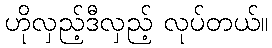
ဟိုလှည့်ဒီလှည့် လုပ်တယ်။